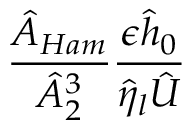
\frac { \hat { A } _ { H a m } } { \hat { A } _ { 2 } ^ { 3 } } \frac { \epsilon \hat { h } _ { 0 } } { \hat { \eta } _ { l } \hat { U } }